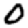
Digit: 0